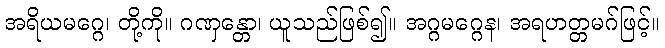
အရိယမဂ္ဂေ၊ တို့ကို။ ဂဏှန္တော၊ ယူသည်ဖြစ်၍။ အဂ္ဂမဂ္ဂေန၊ အရဟတ္တမဂ်ဖြင့်။